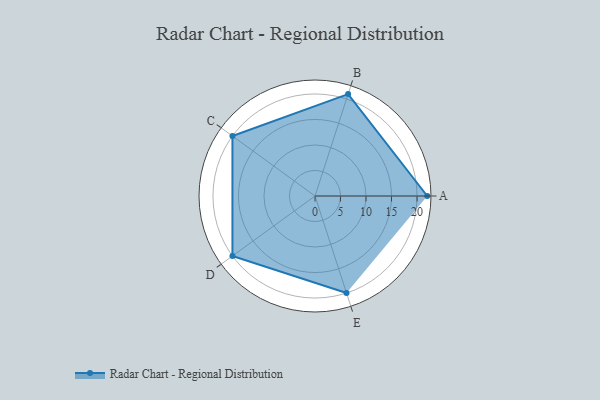
{"axis": {"x": "Skill", "y": "Score"}, "legend": ["Profile"], "data": [{"x": "A", "y": 22.0, "type": "Profile"}, {"x": "B", "y": 21.0, "type": "Profile"}, {"x": "C", "y": 20.0, "type": "Profile"}, {"x": "D", "y": 20, "type": "Profile"}, {"x": "E", "y": 20, "type": "Profile"}]}